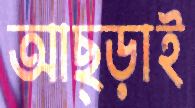
আছ্‌ড়াই